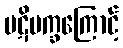
ပဋိပက္ခကြောင့်